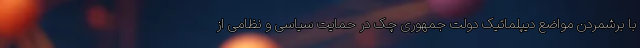
با برشمردن مواضع دیپلماتیک دولت جمهوری چک در حمایت سیاسی و نظامی از